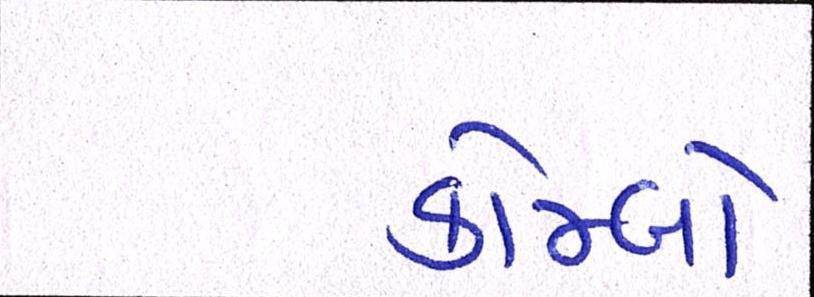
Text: કોમ્બો